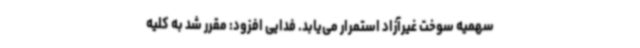
سهمیه سوخت غیرآزاد استمرار می‌یابد. فدایی افزود: مقرر شد به کلیه